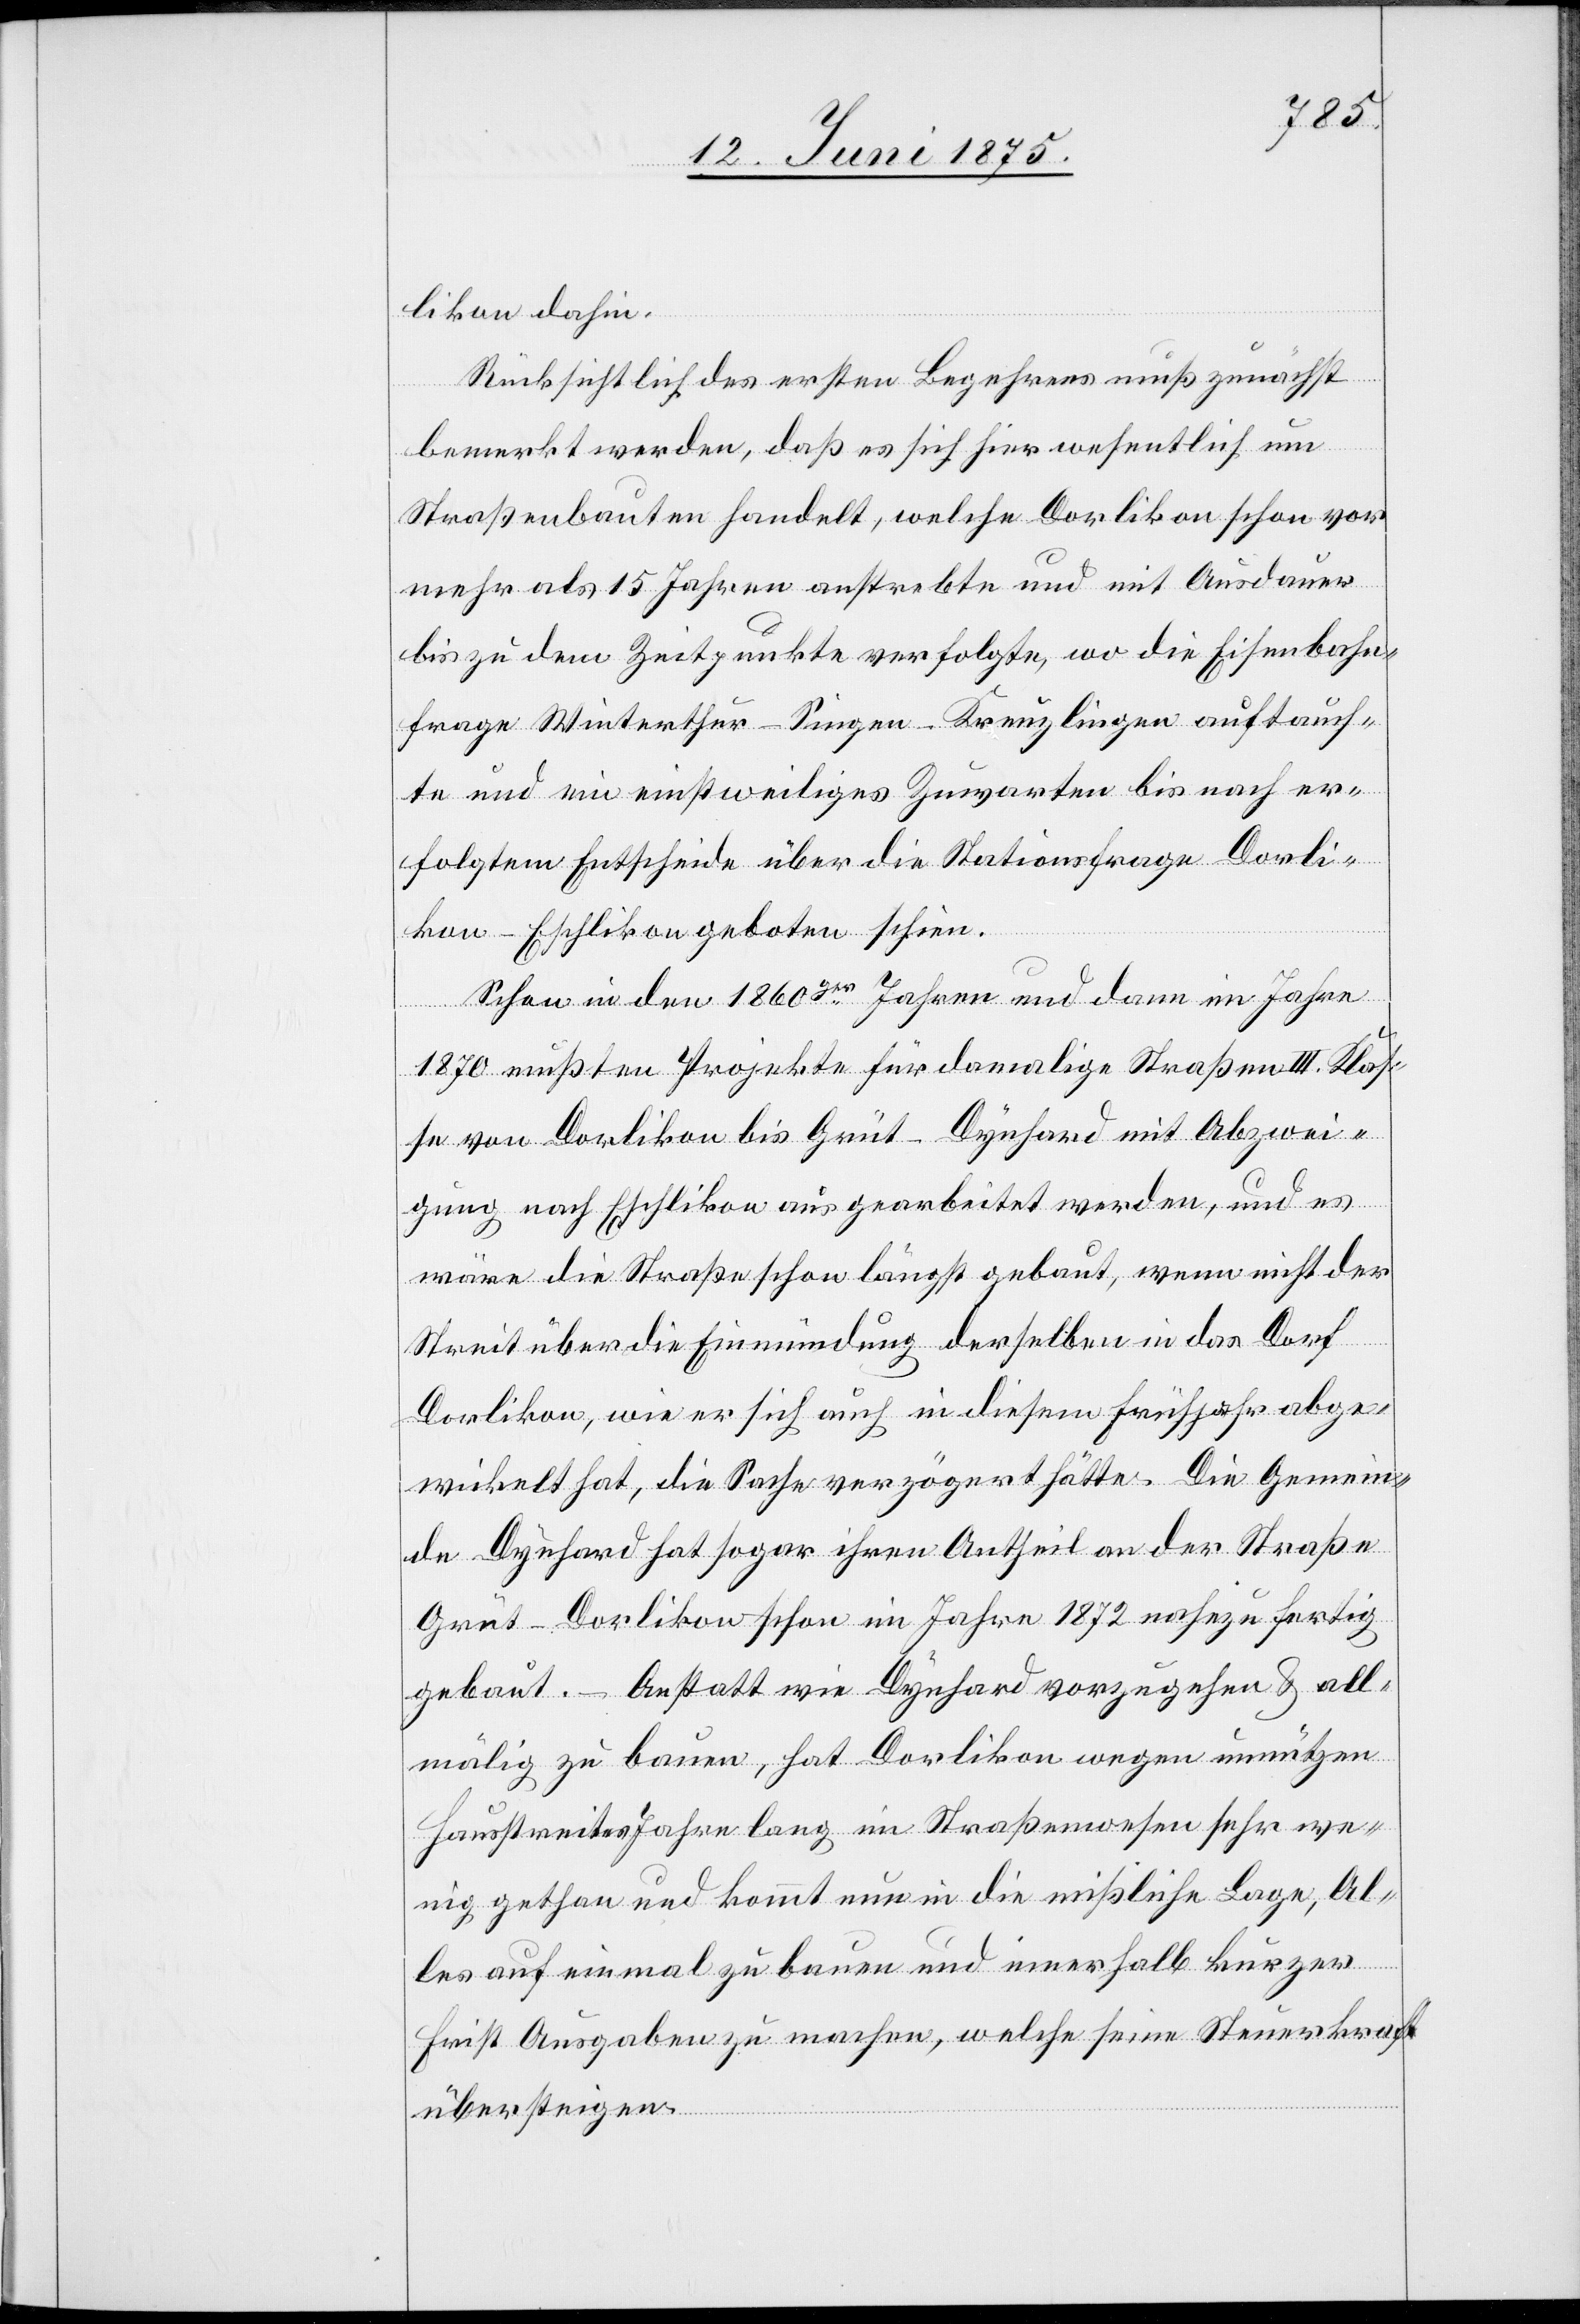
likon dahin.
Rücksichtlich des ersten Begehrens muß zunächst
bemerkt werden, daß es sich hier wesentlich um
Straßenbauten handelt, welche Dorlikon schon vor
mehr als 15 Jahren anstrebte und mit Ausdauer
bis zu dem Zeitpunkte verfolgte, wo die Eisenbahn¬
frage Winterthur–Singen–Kreuzlingen auftauch¬
te und ein einstweiliges Zuwarten bis nach er¬
folgtem Entscheide über die Stationsfrage Dorli¬
kon–Eschlikon geboten schien.
Schon in den 1860ger Jahren und dann im Jahre
1870 mußten Projekte für damalige Straßen III. Klas¬
se von Dorlikon bis Grüt - Dynhard mit Abzwei¬
gung nach Eschlikon ausgearbeitet werden, und es
wäre die Straße schon längst gebaut, wenn nicht der
Streit über die Einmündung derselben in das Dorf
Dorlikon, wie er sich auch in diesem Frühjahr abge¬
wickelt hat, die Sache verzögert hätte. Die Gemein¬
de Dynhard hat sogar ihren Antheil an der Straße
Grüt–Dorlikon schon im Jahre 1872 nahezu fertig
gebaut. – Anstatt wie Dynhard vorzunehmen & all¬
mälig zu bauen, hat Dorlikon wegen unnützen
Hausstreites Jahre lang im Straßenwesen sehr we¬
nig gethan und kommt nun in die mißliche Lage, Al¬
les auf einmal zu bauen und innerhalb kurzer
Frist Ausgaben zu machen, welche seine Steuerkraft
übersteigen.